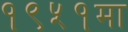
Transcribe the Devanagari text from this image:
१९५१मा